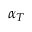
\alpha _ { T }